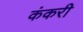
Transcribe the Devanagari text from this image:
कंकरी